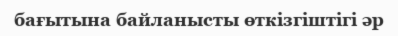
бағытына байланысты өткізгіштігі әр